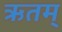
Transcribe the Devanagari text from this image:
ऋतम्